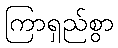
ကြာရှည်စွာ